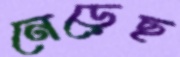
নেড়েছ